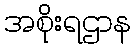
အစိုးရဌာန